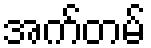
အက်တမ်